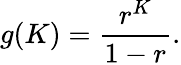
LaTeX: g(K)={\frac{r^{K}}{1-r}}.